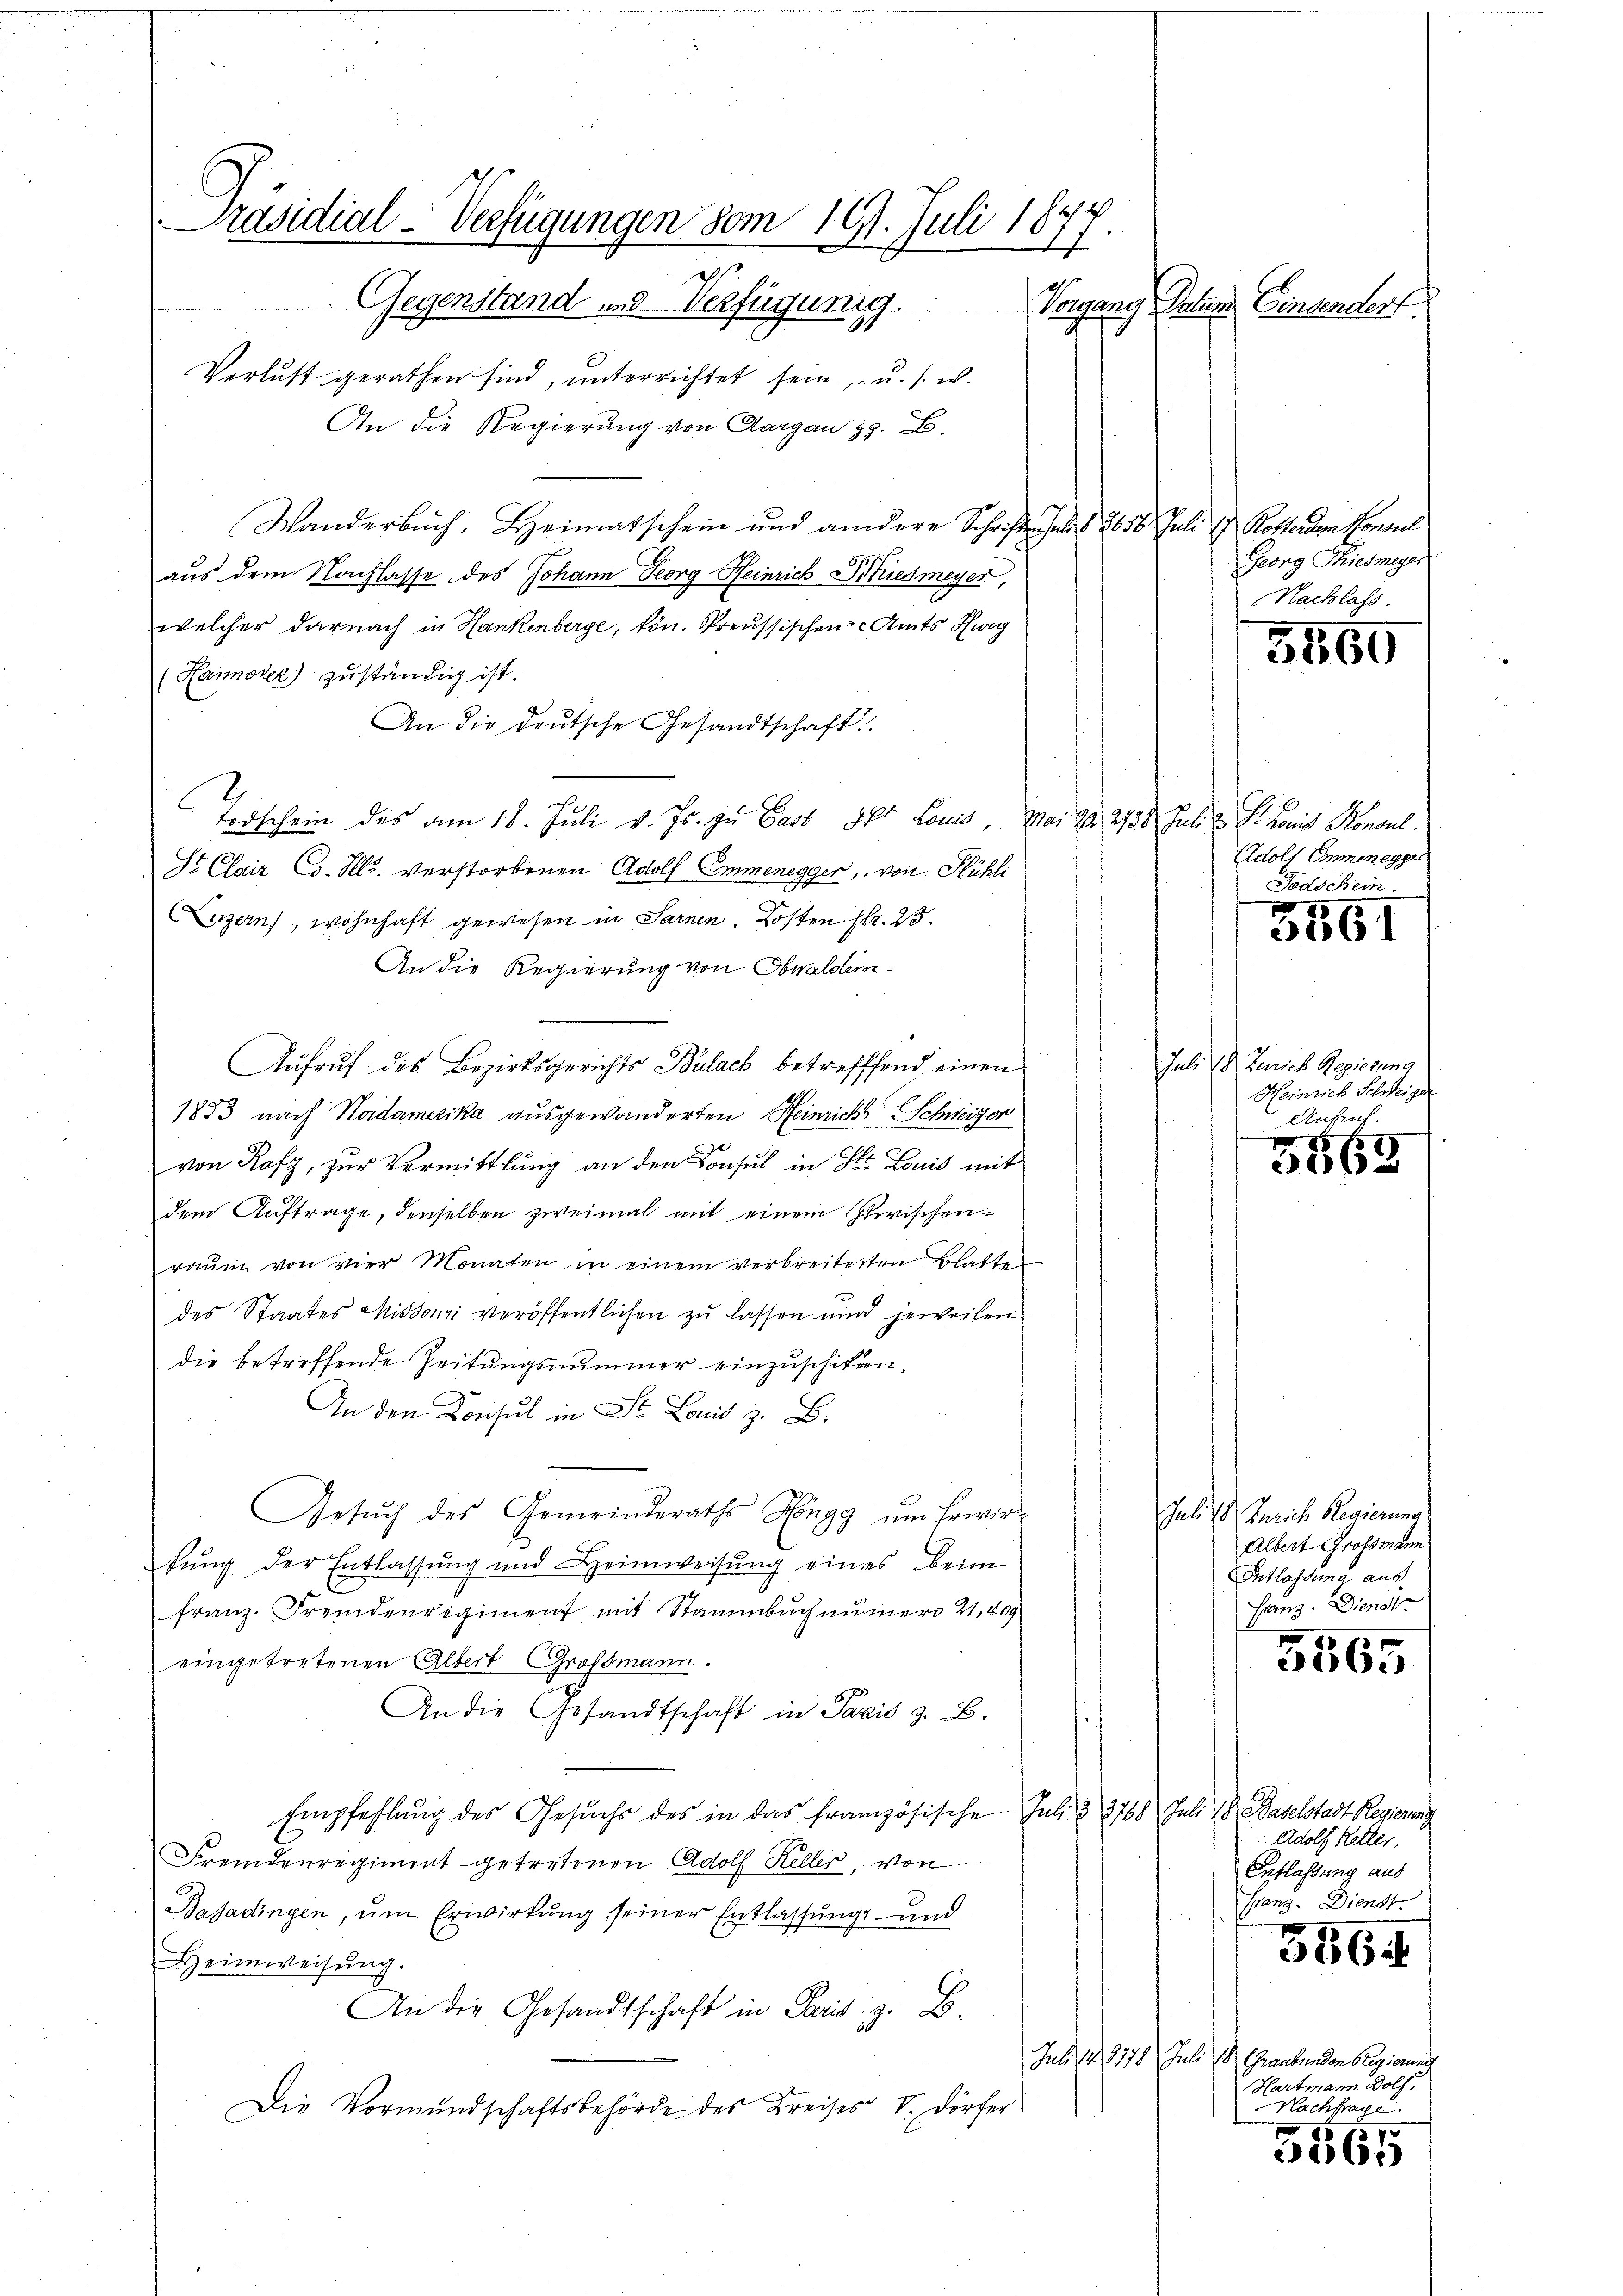
Präsidial-Verfügungen vom 19. Juli 1877.
Gegenstand und Verfügung.
Vorgang Datum Ginsender

Verlust gerathen sind, ŭnterrichtet sein, u. s. w.
An die Regierung von Aargau z. B.
Wanderbuch, Heimatschein und andere Schriften selis 2650. Juli u. Rottenden Konsul
aus dem Nachlasse des Johann Georg Heinrich Schiedmeyer,
welcher darnach in Hankenberge, kön. Preussischen Amts Herg
(Hannoler) zuständig ist.
An die deutsche Gesandtschaft
Todschein des am 18. Juli v. Js. zu Gast oft Louis, Mai 22. 238. Juli u. St. Lois Konsul
St Clair Co. Ill. verstorbenen Adolf Emmenegger, von Kühli
Luzern, wohnhaft gewesen in Sarnen. Kosten Fr. 25.
An die Regierung von Obwaldlein
Aufruf des Bezirksgerichts Bülach betrefffend einen
1853 nach Haidamerika ausgewanderten Heinrichs Schweizer
von Rafz, zur Vermittlung an den Konsul in Str. Louis mit
dem Auftrage, denselben zweimal mit einem zwischenraŭm von vier Monaten in einem verbreiterten Blatte
des Staates Missonzi veröffentlichen zu lassen und jeweilen
die betreffende Zeitungsnummer einzuschiken.
An den Konsul in St. Louis z. B.
Gesuch des Gemeinderaths Höngg um Erwirtung der Entlassung und Heimweisung eines beim
franz. Fremdenvigiment mit Stammbuch numero 21. 409
eingetretenen Albert Großmann.
An die Gesandtschaft in Pazis z. B.
Empfehlung des Gesuchs des in das französische Jul. § 3768 Juli d. Baselstadt Regierung
Fremdenregiment getretenen Adolf Keller, von
Basadingen, um Erwirkung seiner Entlassungs- und
Heimweisung.
An die Gesandtschaft in Paris z. B.
Die Vormŭndschaftsbehörde des Kreises V. Dörfer

Georg Thiesmeyer
Nachlass.

5560

Adolf Emmenegger.
Todschein

3351

Juli 18 Zürich Regierung
Heinrich Schweiger
Ankruf.

5568

Juli in Zürich Regierung
Albert Großmann
Intlassung aus.
Granz. Dienst

A 45
3065

Adolf Ketter.
Entlassung aus
rang. Dienst
5564
Juli S. 8778 Juli 18. Graubünden Regierung
Hartmann Dolf,
Nachfrage

5565